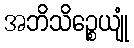
အဘိသိဉ္စေယျုံ